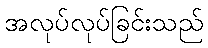
အလုပ်လုပ်ခြင်းသည်